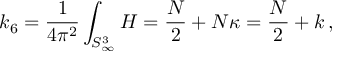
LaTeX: k _ { 6 } = \frac { 1 } { 4 \pi ^ { 2 } } \int _ { S _ { \infty } ^ { 3 } } H = \frac { N } { 2 } + N \kappa = \frac { N } { 2 } + k \, ,